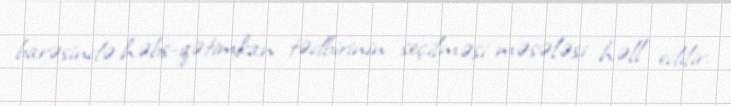
barəsində həbs-qətimkan tədbirinin seçilməsi məsələsi həll edilir.